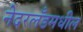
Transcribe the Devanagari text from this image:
नेदरलँडमधील